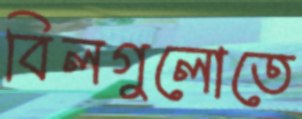
বিলগুলোতে